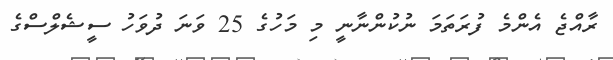
ރާއްޖެ އެންމެ ފުރަތަމަ ނުކުންނާނީ މި މަހުގެ 25 ވަނަ ދުވަހު ސީޝެލްސްގެ